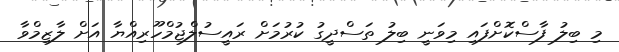
މި ބިލު ފާސްކޮށްފައި މިވަނީ ބިލު ތަސްދީގު ކުރުމަށް ރައީސުލްޖުމްހޫރިއްޔާ އަށް ލާޒިމްވާ